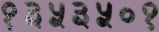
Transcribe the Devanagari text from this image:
१३५३५०१